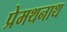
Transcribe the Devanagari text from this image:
प्रेमथनाथ